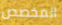
المخصص